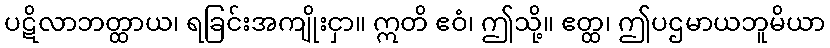
ပဋိလာဘတ္ထာယ၊ ရခြင်းအကျိုးငှာ။ ဣတိ ဧဝံ၊ ဤသို့။ ဧတ္ထ၊ ဤပဌမာယဘူမိယာ